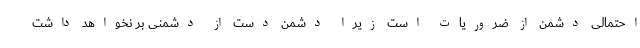
احتمالی دشمن از ضروریات است زیرا دشمن دست از دشمنی بر نخواهد داشت